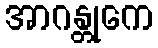
အာဂန္တုကေ